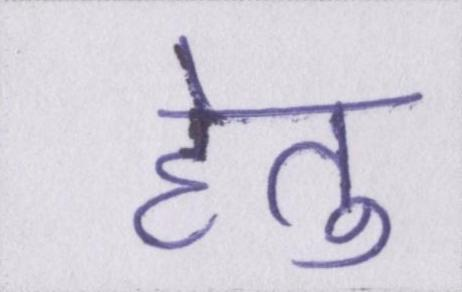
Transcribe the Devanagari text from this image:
हेतु